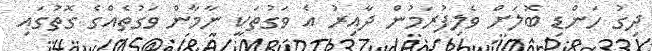
ދިގު ހަންޑި ބޮލަށް ވެލިފުރަމުން ދާއިރު އެ ވަގުތަކީ ނާމާން ވަގުތެއްގެ ގޮތުގައި